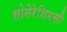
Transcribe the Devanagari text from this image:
सोनेरेशिएसी